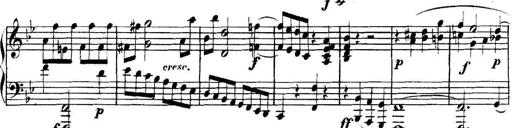
Title: Collected Piano Sonatas
Composer: Muzio Clementi